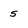
Character: s